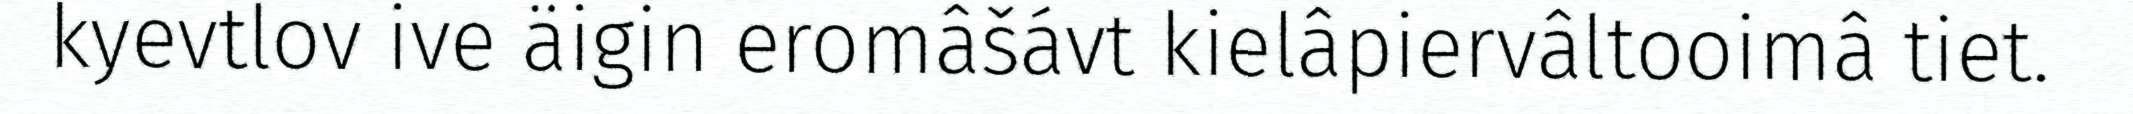
kyevtlov ive äigin eromâšávt kielâpiervâltooimâ tiet.